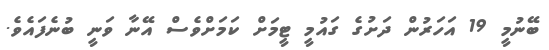
ބޭނުމީ 19 އަހަރުން ދަށުގެ ގައުމީ ޓީމަށް ކަމަށްވެސް އޭނާ ވަނީ ބުނެފައެވެ.